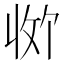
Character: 𪯊